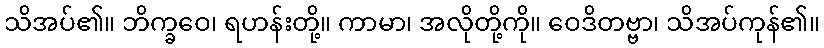
သိအပ်၏။ ဘိက္ခဝေ၊ ရဟန်းတို့။ ကာမာ၊ အလိုတို့ကို။ ဝေဒိတဗ္ဗာ၊ သိအပ်ကုန်၏။